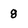
Character: 8